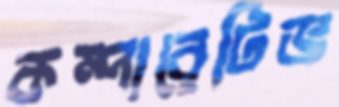
কম্পারেটিভ